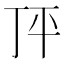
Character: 𰏣